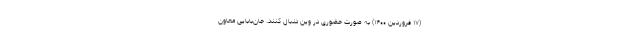
(۱۷ فروردین ۱۴۰۰) به صورت حضوری در وین دنبال کنند. جان‌بابایی معاون